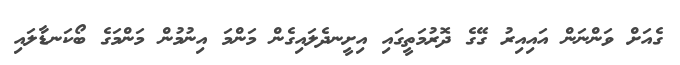
ގެއަށް ވަންނަން އައިއިރު ގޭގެ ދޮރުމަތީގައި އިށީނދެލައިގެން މަންމަ އިނުމުން މަންމަގެ ބޯކަނޑާލައި